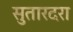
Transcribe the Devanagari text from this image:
सुतारदरा